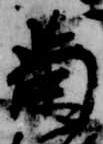
菊